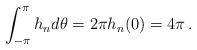
LaTeX: \begin{align*}\int_{-\pi}^\pi h_n d\theta=2\pi h_n(0)=4\pi\,.\end{align*}